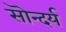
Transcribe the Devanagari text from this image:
सॊन्दर्य